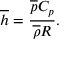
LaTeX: { \overline { { h } } } = { \frac { { \overline { { p } } } C _ { p } } { { \overline { { \rho } } } R } } .